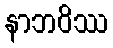
နာဘဝိဿ